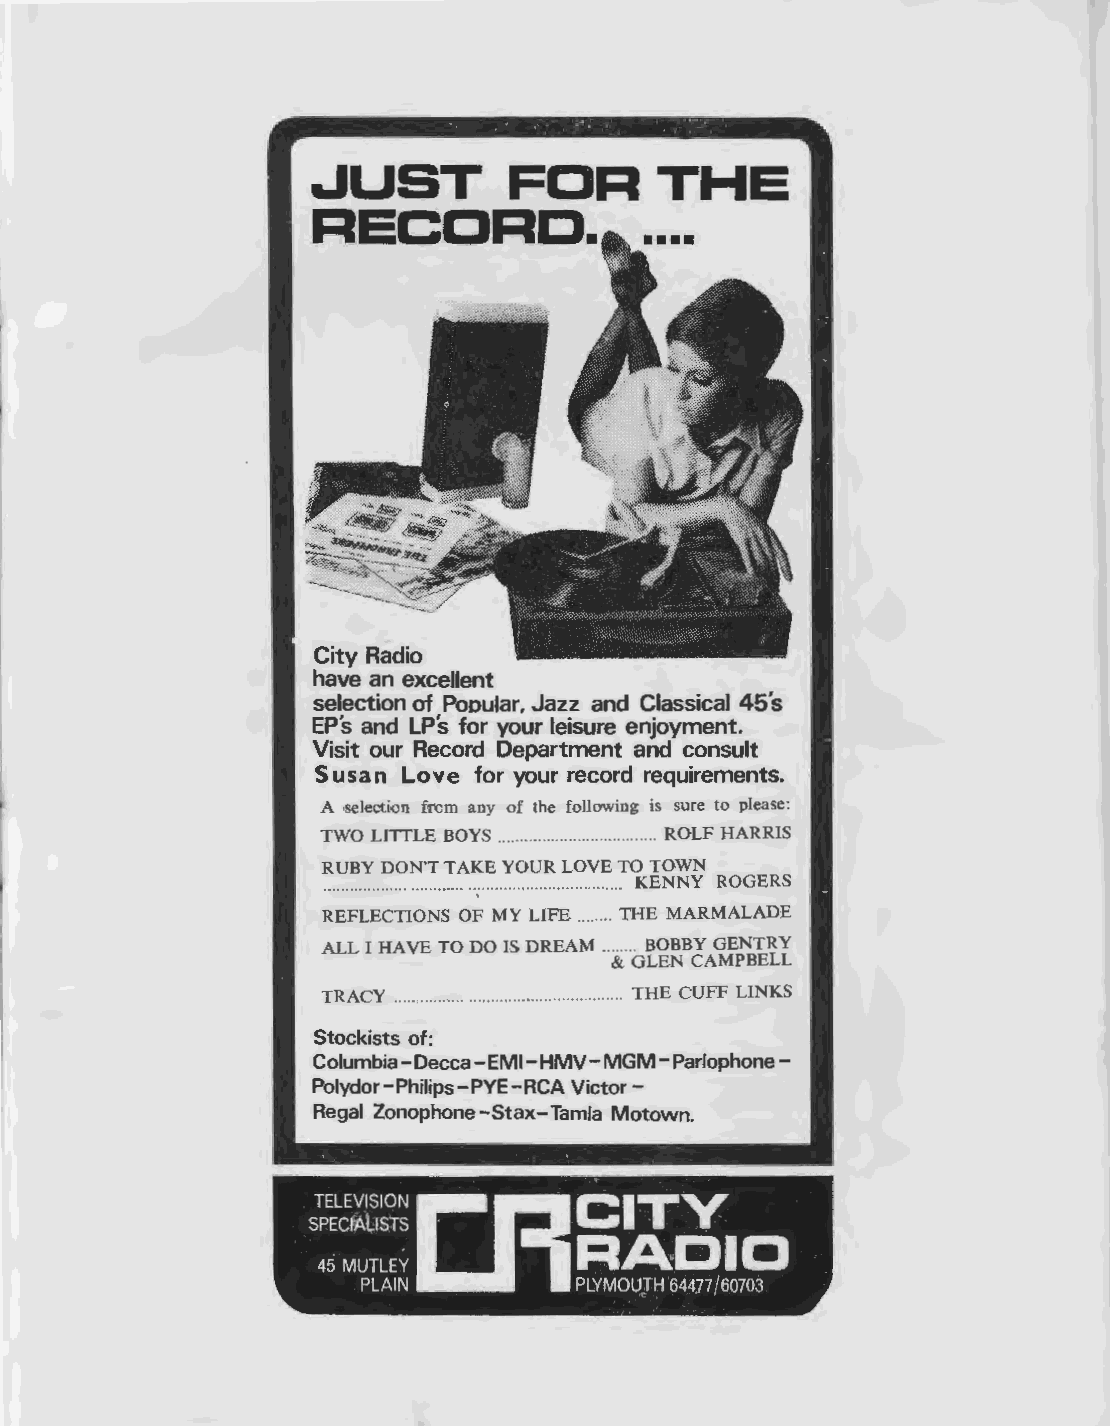
.JUST        FOR       THE
 RECORD.
 City Radio
 have an excellent
 selection of Pooular, Jazz and Classical 45's
 EPs and LPs for your leisure enjoyment.
 Visit our Record Department and consult
 Sus an Love for your record requirements.
 A •Selection frcm any of the following is sure to please:
 TWO LITTLE BOYS ................................ ROLF HARRIS
 RUBY DON'T TAKE YOUR LOVE TO TOWN
 ......................................................... KENNY ROGERS
 REFLECTIONS OF MY LIFE ........ THE MARMALADE
 ALL I HAVE TO DO IS DREAM ....... BOBBY GENTRY
 & GLEN CAMPBELL
 TRACY ............................................... THE CUFF LINKS
 Stockists of:
 Columbia -Decca-EM I-HMV-MGM-Parlophone
 Polydor-Philips-PYE-RCA Victor-
 Regal Zonophone -Stax-Tamla Motown.
 CFICITV
 TELEVISION
 SPECfALISTS ·
 RADIO
 45MUTLEY
 PLAIN         PLYMOUJH 64477/60703